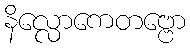
နိလ္လောကေတဗ္ဗော